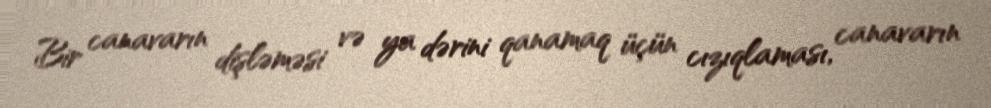
Bir canavarın dişləməsi və ya dərini qanamaq üçün cızıqlaması, canavarın